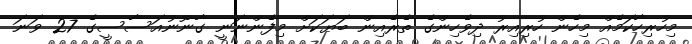
މިހުރިހާކަމެއް މިހެން ހުރިއިރު ދިވެހިންގެ ތެރެއިން ބަޔަކަށް މިފެންނަނީ ގާނޫނުއަސާސީގެ 27 ވަނަ